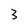
Character: 3